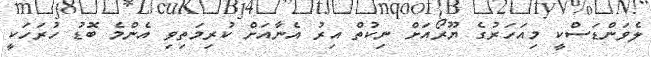
ލެވަންޑަސްކީ މިއަހަރުގެ ޔޫރޯއަށް ނިކުތް އިރު އެނާއަށް ކުރިމަތިވި އެންމެ ބޮޑު ހުރަހަކީ